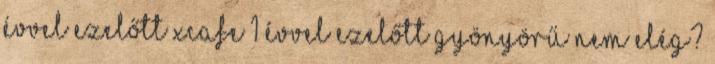
évvel ezelőtt XCafe 1 évvel ezelőtt gyönyörű Nem elég?